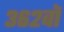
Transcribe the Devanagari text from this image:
३६२वॉ